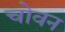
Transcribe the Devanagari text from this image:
चोवन